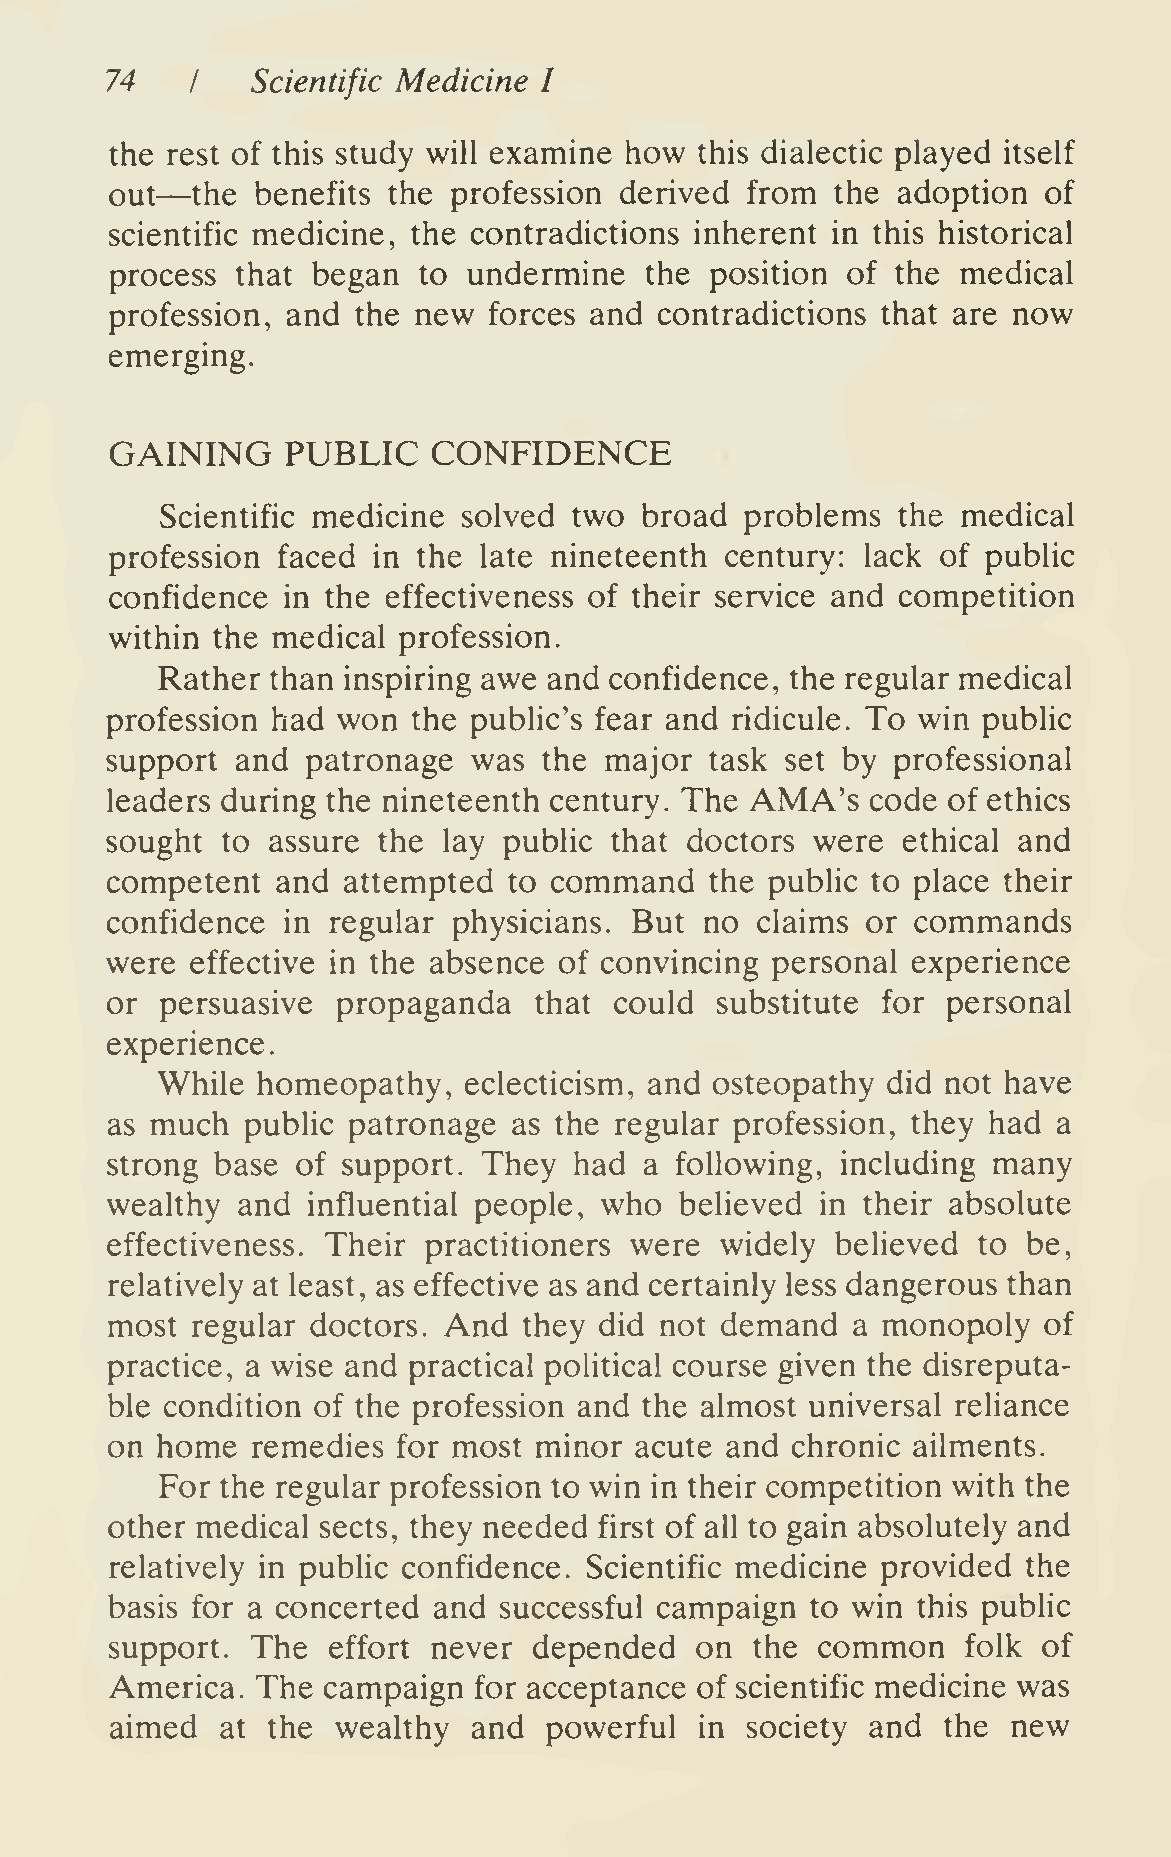
74        Scientific Medicine I
 I
 the rest of this study will examine how this dialectic played itself
 —
 out   the benefits the profession derived from  the adoption  of
 scientific medicine, the contradictions inherent in this historical
 process  that began  to undermine   the position of the  medical
 profession, and the new  forces and  contradictions that are now
 emerging.
 GAINING     PUBLIC    CONFIDENCE
 Scientific medicine solved two broad  problems  the  medical
 profession faced  in the late nineteenth century: lack of public
 confidence  in the effectiveness of their service and competition
 within the medical profession.
 Rather  than inspiring awe and confidence, the regular medical
 profession had won  the public's fear and ridicule. To win public
 support  and patronage  was  the major  task set by professional
 leaders during the nineteenth century. The AMA's   code of ethics
 sought  to assure the lay public that doctors  were  ethical and
 competent  and  attempted  to command   the public to place their
 confidence  in regular physicians. But  no claims or  commands
 were  effective in the absence of convincing personal experience
 or  persuasive propaganda   that  could substitute for  personal
 experience.
 While  homeopathy,   eclecticism, and osteopathy did not have
 as much  public patronage  as the regular profession, they had a
 strong base  of support. They  had  a following, including many
 wealthy  and influential people, who  believed in their absolute
 effectiveness. Their practitioners were  widely believed  to be,
 relatively at least, as effective as and certainly less dangerous than
 most  regular doctors. And  they did not demand  a monopoly   of
 practice, a wise and practical political course given the disreputa-
 ble condition of the profession and the almost universal reliance
 on home   remedies for most minor  acute and chronic ailments.
 For the regular profession to win in their competition with the
 other medical sects, they needed first of all to gain absolutely and
 relatively in public confidence. Scientific medicine provided the
 basis for a concerted and successful campaign  to win this public
 support.  The  effort never depended   on  the common    folk of
 America.  The campaign  for acceptance of scientific medicine was
 aimed   at the wealthy  and  powerful  in society  and the  new